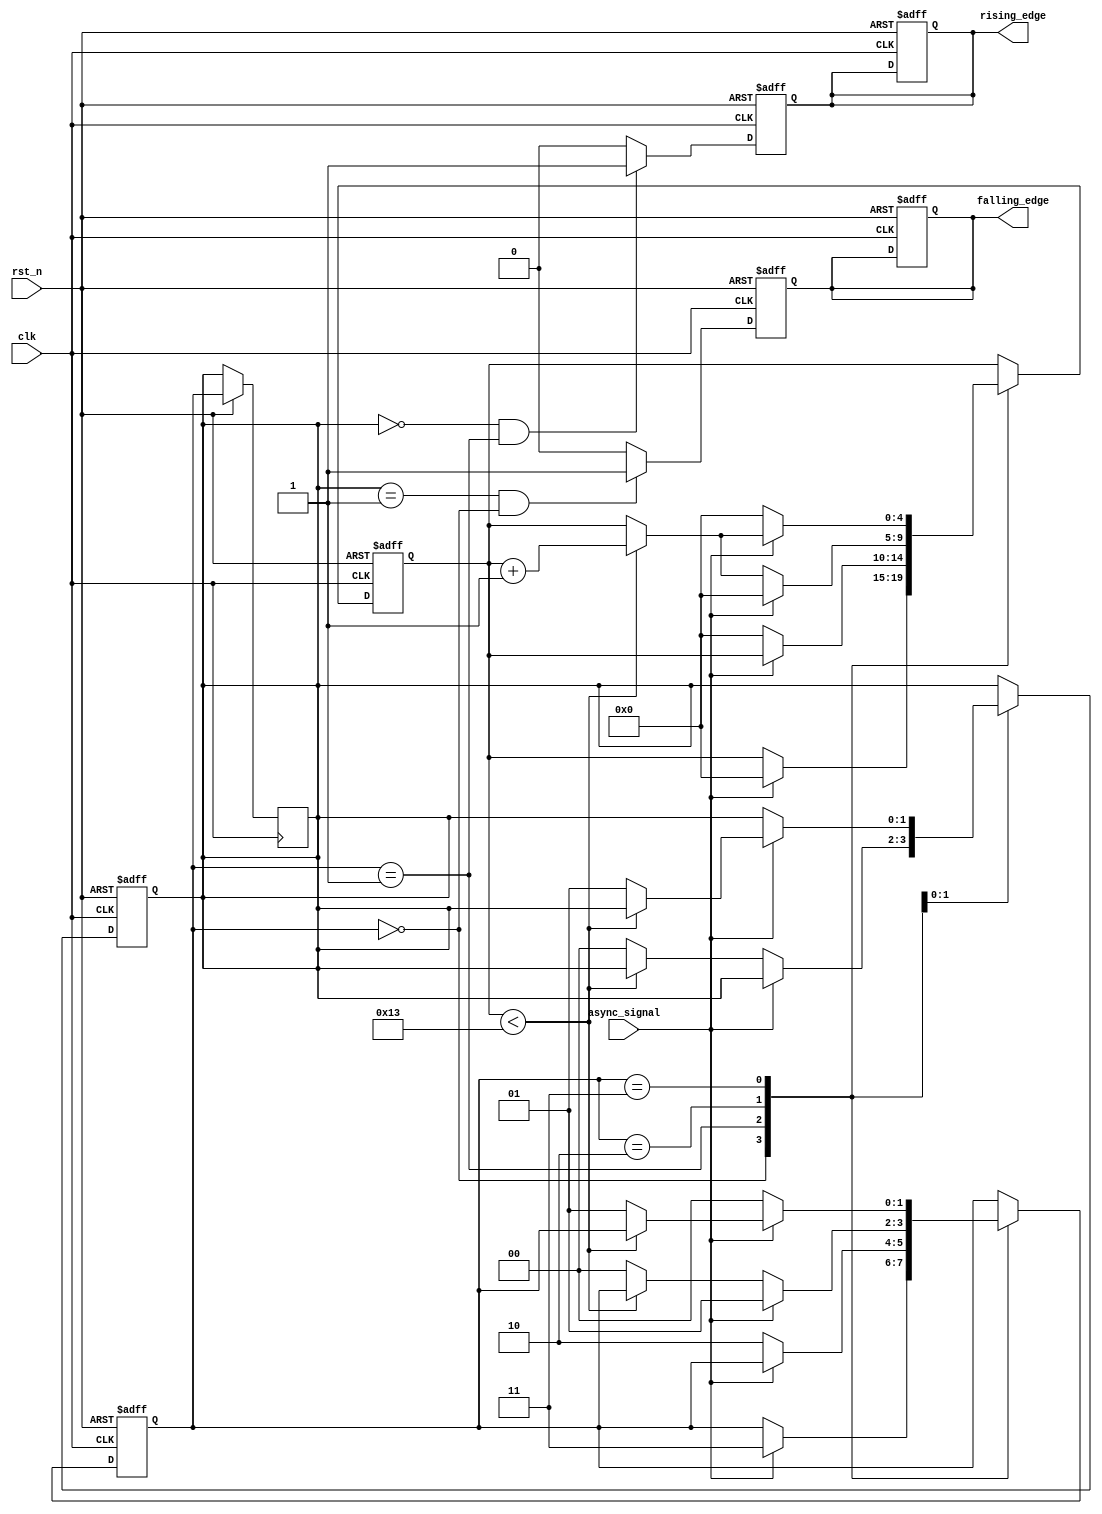
module DebouncedEdgeDetector (
    input wire clk,              // Clock input
    input wire rst_n,            // Active low reset
    input wire async_signal,      // Asynchronous input signal (from switch/button)
    output reg rising_edge,       // Output pulse for rising edge detection
    output reg falling_edge       // Output pulse for falling edge detection
);

    // Parameters for debounce timing
    parameter DEBOUNCE_TIME = 20; // Number of clock cycles for debounce

    // State variables
    reg [1:0] current_state;       // Current state of the debounced signal
    reg [1:0] previous_state;      // Previous state of the debounced signal
    reg [4:0] debounce_counter;     // Counter for debounce timing

    // State encoding
    localparam STABLE_LOW = 2'b00;
    localparam STABLE_HIGH = 2'b01;
    localparam DEBOUNCE_LOW = 2'b10;
    localparam DEBOUNCE_HIGH = 2'b11;

    // Initial state
    initial begin
        current_state = STABLE_LOW;
        previous_state = STABLE_LOW;
        debounce_counter = 0;
        rising_edge = 0;
        falling_edge = 0;
    end

    // Debouncing logic
    always @(posedge clk or negedge rst_n) begin
        if (!rst_n) begin
            current_state <= STABLE_LOW;
            previous_state <= STABLE_LOW;
            debounce_counter <= 0;
            rising_edge <= 0;
            falling_edge <= 0;
        end else begin
            case (current_state)
                STABLE_LOW: begin
                    if (async_signal) begin
                        current_state <= DEBOUNCE_HIGH;
                        debounce_counter <= 0; // Reset counter
                    end
                end

                STABLE_HIGH: begin
                    if (!async_signal) begin
                        current_state <= DEBOUNCE_LOW;
                        debounce_counter <= 0; // Reset counter
                    end
                end

                DEBOUNCE_LOW: begin
                    if (!async_signal) begin
                        if (debounce_counter < DEBOUNCE_TIME - 1) begin
                            debounce_counter <= debounce_counter + 1;
                        end else begin
                            current_state <= STABLE_LOW;
                            previous_state <= STABLE_LOW;
                        end
                    end else begin
                        current_state <= STABLE_HIGH; // Signal stable high
                        debounce_counter <= 0; // Reset counter
                    end
                end

                DEBOUNCE_HIGH: begin
                    if (async_signal) begin
                        if (debounce_counter < DEBOUNCE_TIME - 1) begin
                            debounce_counter <= debounce_counter + 1;
                        end else begin
                            current_state <= STABLE_HIGH;
                            previous_state <= STABLE_HIGH;
                        end
                    end else begin
                        current_state <= STABLE_LOW; // Signal stable low
                        debounce_counter <= 0; // Reset counter
                    end
                end
            endcase
        end
    end

    // Edge detection logic
    always @(posedge clk or negedge rst_n) begin
        if (!rst_n) begin
            rising_edge <= 0;
            falling_edge <= 0;
        end else begin
            // Detect rising edge
            if (previous_state == STABLE_LOW && current_state == STABLE_HIGH) begin
                rising_edge <= 1;
            end else begin
                rising_edge <= 0;
            end

            // Detect falling edge
            if (previous_state == STABLE_HIGH && current_state == STABLE_LOW) begin
                falling_edge <= 1;
            end else begin
                falling_edge <= 0;
            end

            // Update previous state
            previous_state <= current_state;
        end
    end

endmodule